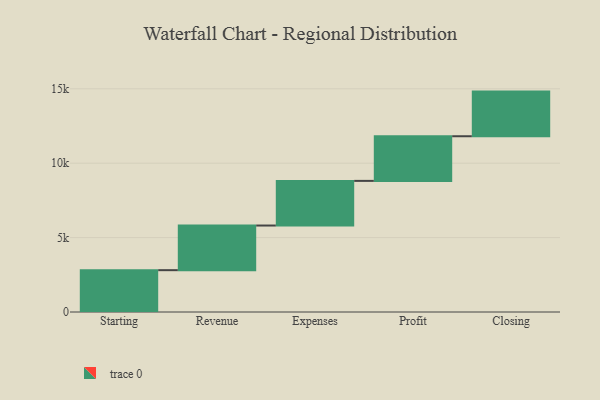
{"axis": {"x": "Step", "y": "Value"}, "legend": [""], "data": [{"x": "Starting", "y": 2811.0, "type": ""}, {"x": "Revenue", "y": 3000, "type": ""}, {"x": "Expenses", "y": 3000, "type": ""}, {"x": "Profit", "y": 3000, "type": ""}, {"x": "Closing", "y": 3000, "type": ""}]}